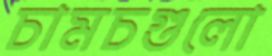
চামচগুলো